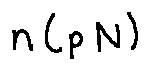
n ( p N )